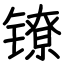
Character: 镣